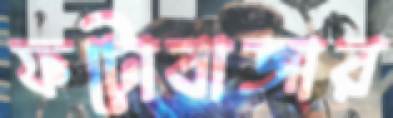
ফটোবাজার